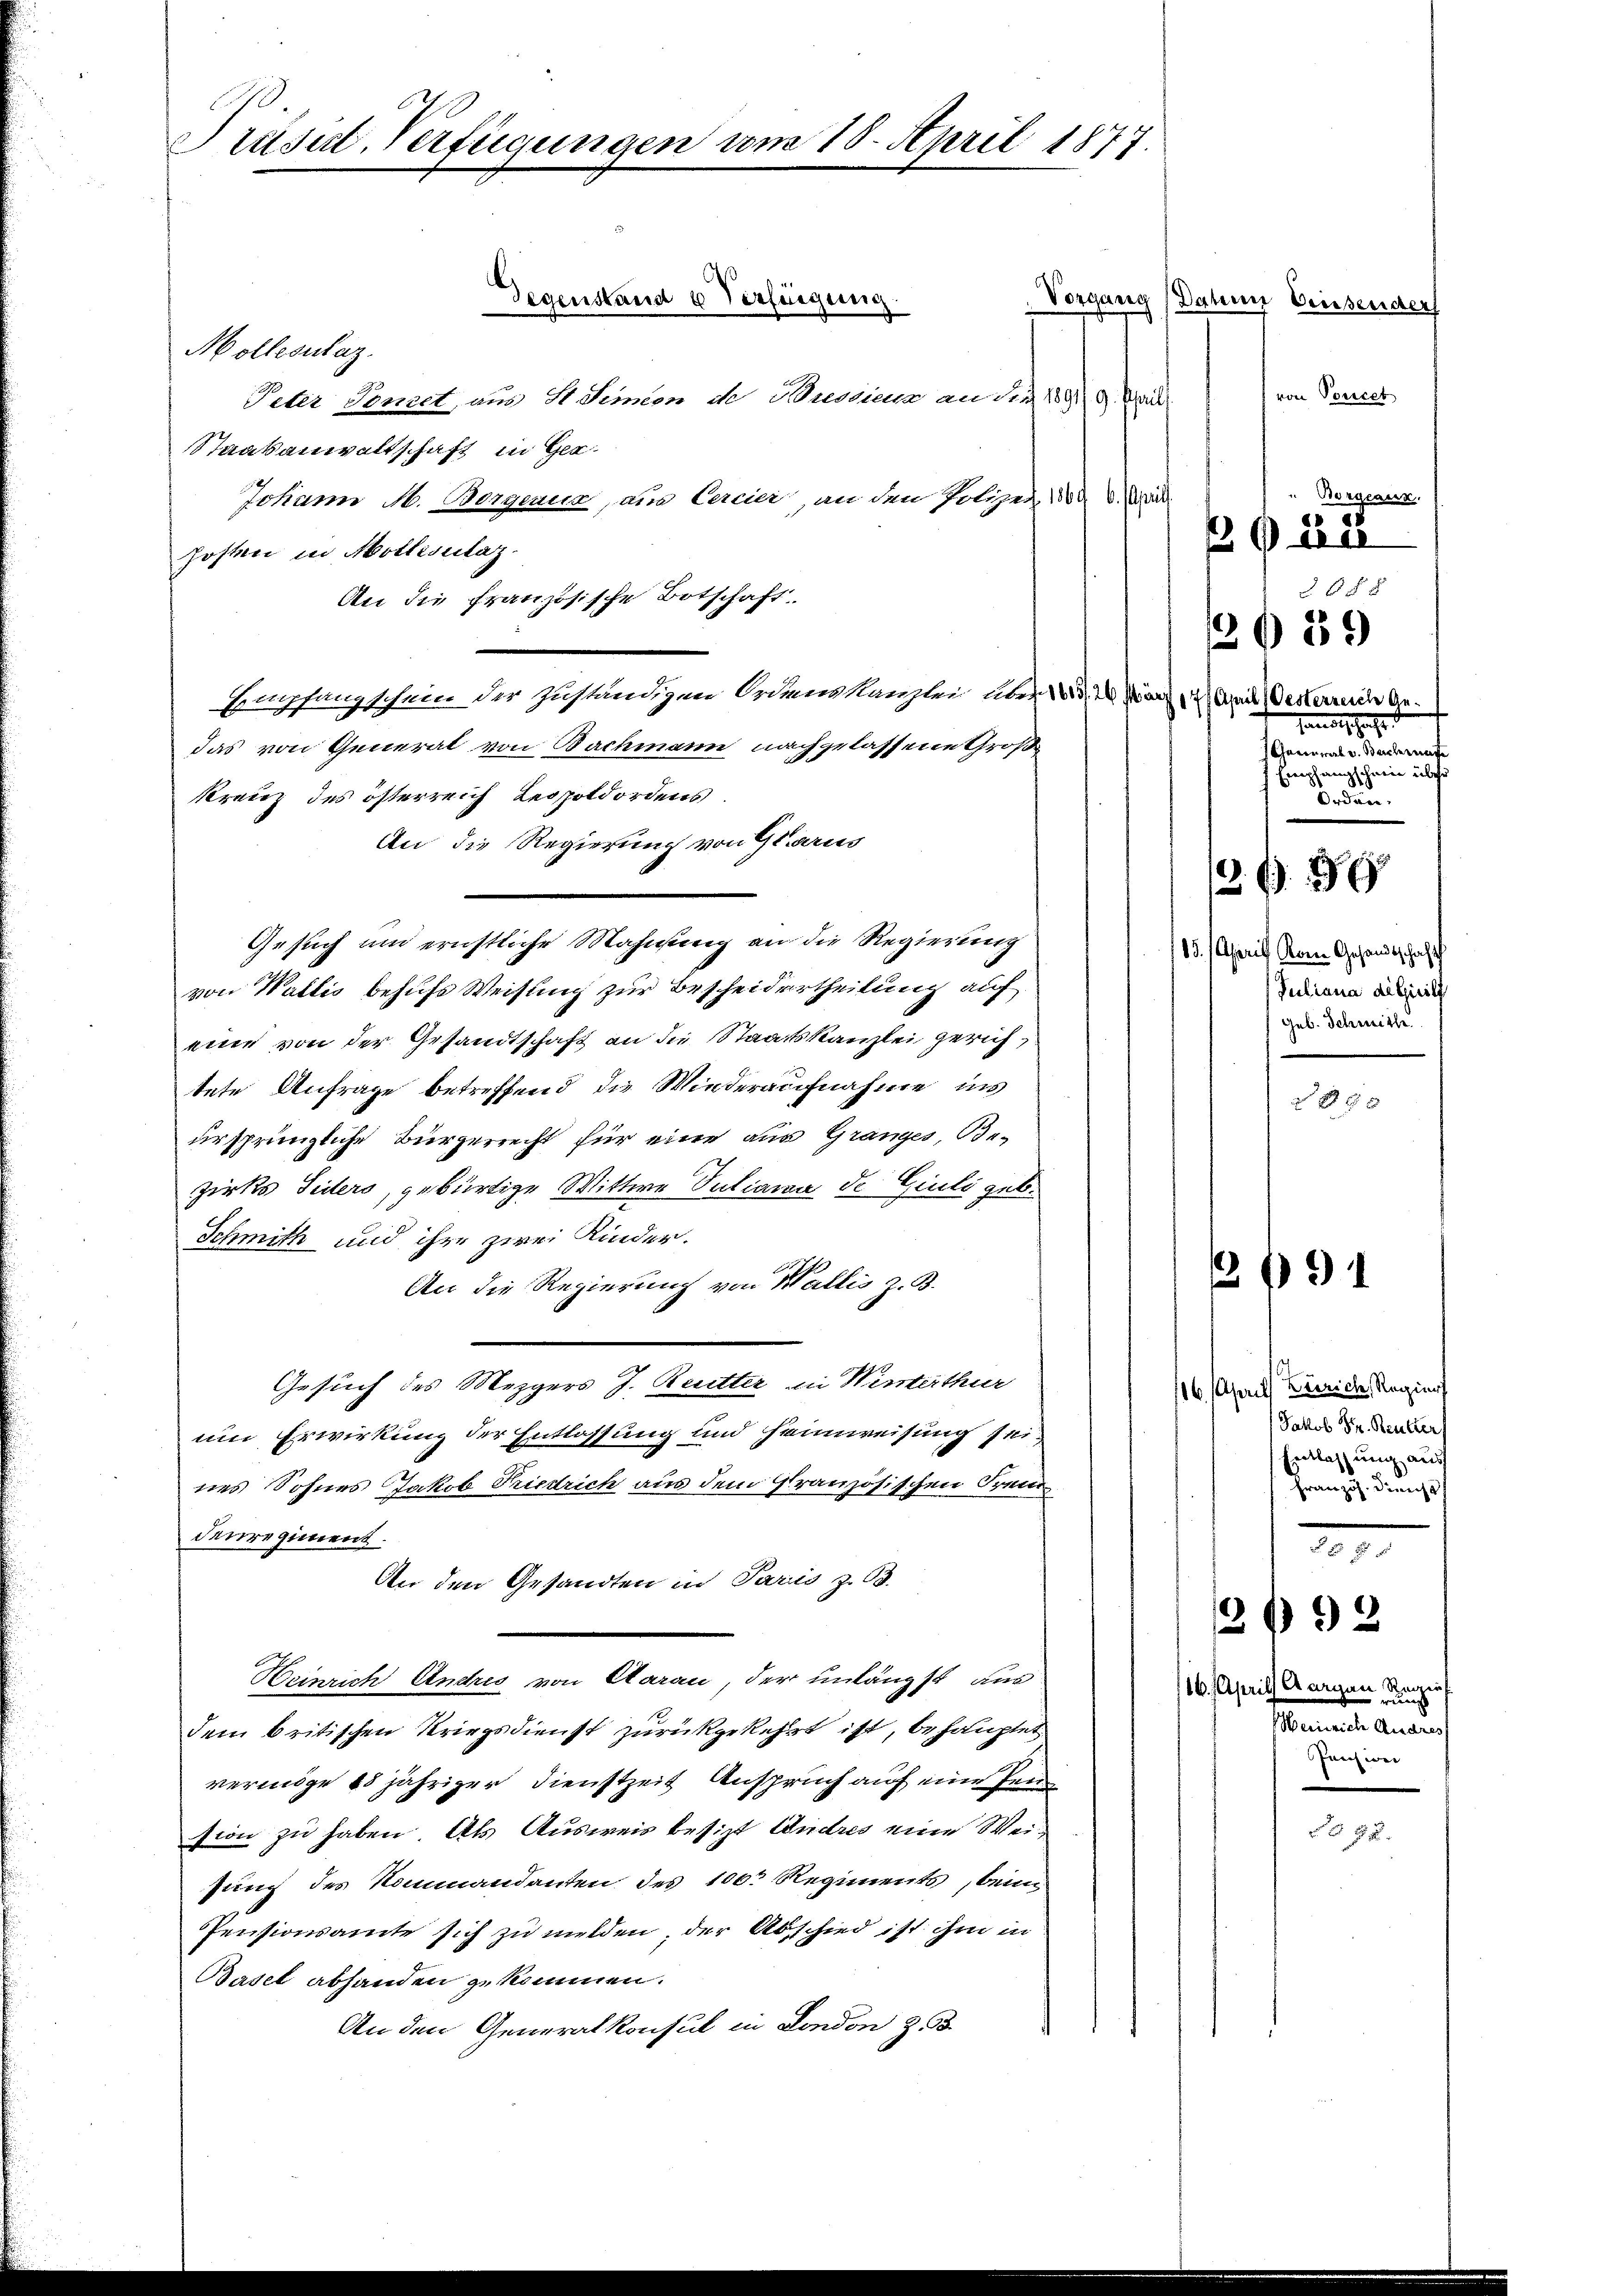
A
Prasil Verfügungen vom 18. April 1877.

Gegenstand u Verfügung.

An die französische Botschaft.

Mollisuaz.
Peter Tomet, aus St. Simeon de Bressiena an die 199. Seid
Staatsanwaltschaft in Ger-
Johann M. Borgenie, aus Cercier, an den Polizei u. War
Posten in Molliselaz
3
Empfangschein der zuständigen Ordneskanzlei und 12 f 17 heit Oesterreiche Gedas von General von Bachmann nachgelassene Großkreuz des österreich Leopoldordens
An die Regierung von Glarus
Gesuch und ernstliche Mahnung an die Regierung
von Wallis behufs Weisung zur Bescheidertheilung auf
eine von der Gesandtschaft an die Staatskanzlei gerich
tete Anfrage betreffend die Wiederaufnahme ins
ursprüngliche Bürgerrecht für eine aus Gränz(...) Be-
zirks Seiters, gebürtige Wittwe Vuliana de Giuli geb.
Schmith und ihre zwei Kinder.
An die Regierung von Wallis z. B.
Gesuch des Mezgers J. Reutter in Winterthur
um Erwirkung der Entlassung und Heimweisung sei,
nes Sohnes Jakob Friedrich aus dem Granzösischen Freud
denregiment.
An den Gesandten in Pariis z. B.
Heinrich Andris von Aarau, der unlängst aus
dem britischen Kriegsdienst zurückgekehrt ist, behauptet
vermöge 18jähriger Dienstzeit Anspruch auf eine sei
sion zu haben. Als Ausweis besizt Andres eine Weifung des Kommandanten des 100. Regiments, beim
Pensionsamte sich zu melden, der Abschied ist ihm in
Basel abhanden zu kommen.
An den Generalkonsul in London Z. 33.

Vorgang Dahme Einsender

von Ponces
Borgeaux
308 x
3659
Handtschaft.
Charinrat v. Bachrunge
f Empfangschein über
Orden.

0224

/3 89

115. April Rom Gesandtschaft
Juliana diszirili
geb. Schmitte

48 x

2/9 1

116. April Zürich, Regier
Jakob Hr. Butter
Entlassung ausf
Französ. Dienst
100

116. April, Aargau, Stanzen
Weinrich Andres
Pensiver

292

82.